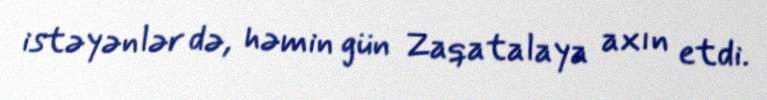
istəyənlər də, həmin gün Zaqatalaya axın etdi.